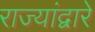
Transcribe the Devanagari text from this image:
राज्यांद्वारे